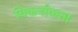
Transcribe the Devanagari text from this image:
बिकर्नाकत्ता